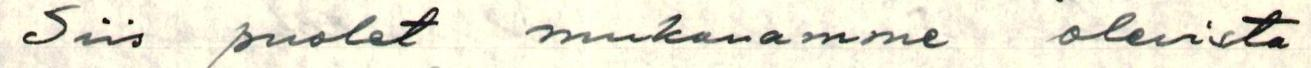
Siis puolet mukanamme olevista